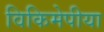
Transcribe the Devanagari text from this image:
विकिमेपीया